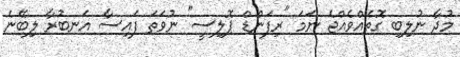
މުދާ ނުލިބި ގޮތެއްވެއްޖެ ނަަމަ "ރިފަންޑް ޕޮލިސީ" ނުވަތަ ފައިސާ އަނބުރާ ލިބޭނެ